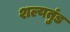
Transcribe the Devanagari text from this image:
शल्यतुंड